Proceedings of the meeting of veterinary officers in India
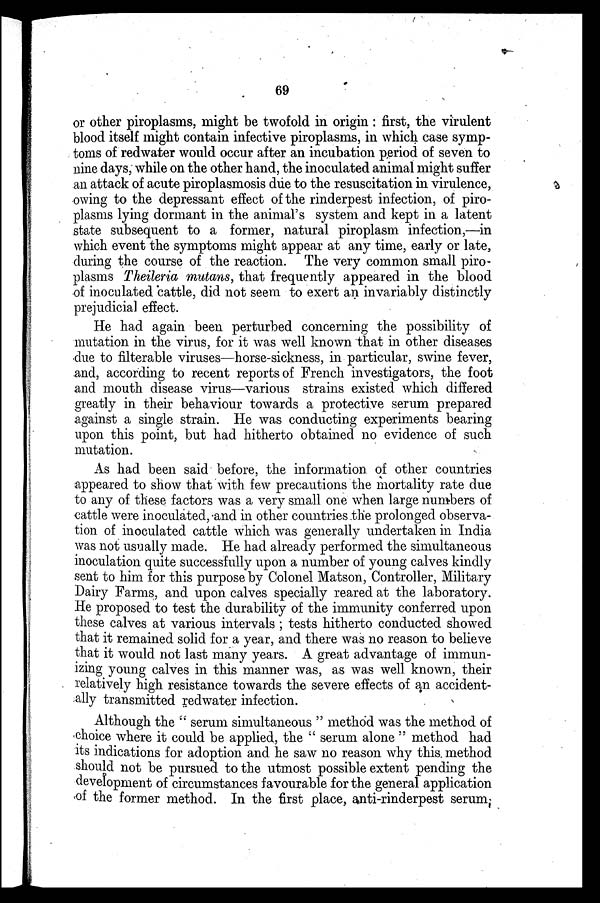
69
or other piroplasms, might be twofold in origin: first, the virulent
blood itself might contain infective piroplasms, in which case symp-
toms of redwater would occur after an incubation period of seven to
nine days, while on the other hand, the inoculated animal might suffer
an attack of acute piroplasmosis due to the resuscitation in virulence,
owing to the depressant effect of the rinderpest infection, of piro-
plasms lying dormant in the animal's system and kept in a latent
state subsequent to a former, natural piroplasm infection,—in
which event the symptoms might appear at any time, early or late,
during the course of the reaction. The very common small piro-
plasms Theileria mutans, that frequently appeared in the blood
of inoculated cattle, did not seem to exert an invariably distinctly
prejudicial effect.
He had again been perturbed concerning the possibility of
mutation in the virus, for it was well known that in other diseases
due to filterable viruses—horse-sickness, in particular, swine fever,
and, according to recent reports of French investigators, the foot
and mouth disease virus—various strains existed which differed
greatly in their behaviour towards a protective serum prepared
against a single strain. He was conducting experiments bearing
upon this point, but had hitherto obtained no evidence of such
mutation.
As had been said before, the information of other countries
appeared to show that with few precautions the mortality rate due
to any of these factors was a very small one when large numbers of
cattle were inoculated, and in other countries the prolonged observa-
tion of inoculated cattle which was generally undertaken in India
was not usually made. He had already performed the simultaneous
inoculation quite successfully upon a number of young calves kindly
sent to him for this purpose by Colonel Matson, Controller, Military
Dairy Farms, and upon calves specially reared at the laboratory.
He proposed to test the durability of the immunity conferred upon
these calves at various intervals; tests hitherto conducted showed
that it remained solid for a year, and there was no reason to believe
that it would not last many years. A great advantage of immun-
izing young calves in this manner was, as was well known, their
relatively high resistance towards the severe effects of an accident-
ally transmitted redwater infection.
Although the "serum simultaneous" method was the method of
choice where it could be applied, the "serum alone" method had
its indications for adoption and he saw no reason why this method
should not be pursued to the utmost possible extent pending the
development of circumstances favourable for the general application
of the former method. In the first place, anti-rinderpest serum